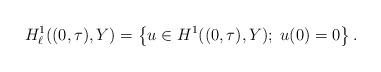
LaTeX: \begin{align*}H^1_\ell ((0,\tau), Y) = \left\{u \in H^1((0,\tau), Y); \; u(0) = 0 \right\}.\end{align*}